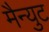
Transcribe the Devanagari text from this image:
मैन्युट